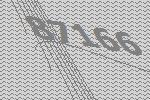
87166